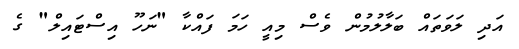
އަދި ލަވަތައް ބަލާލުމުން ވެސް މިއީ ހަމަ ފައްކާ "ނަހޫ އިސްޓައިލް" ގެ